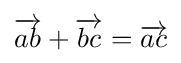
{\overrightarrow {ab}}+{\overrightarrow {bc}}={\overrightarrow {ac}}